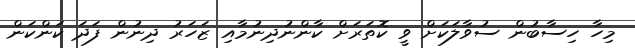
މިހާ ހިސާބުން ސުވާލަކަށް ވީ ކޮތަރަށް ކާންނުދިނުމާއި ޒަހަރު ދިނުން ފަދަ ކަންކަން